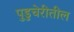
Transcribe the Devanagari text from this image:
पुडुचेरीतील